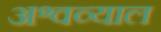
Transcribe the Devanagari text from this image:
अश्वव्याल